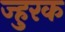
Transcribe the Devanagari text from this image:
ज्हुरक